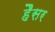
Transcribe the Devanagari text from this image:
हैैसर